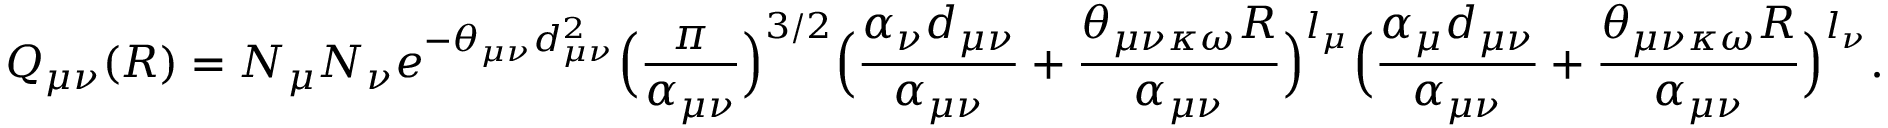
Q _ { \mu \nu } ( R ) = N _ { \mu } N _ { \nu } e ^ { - \theta _ { \mu \nu } d _ { \mu \nu } ^ { 2 } } \Big ( \frac { \pi } { \alpha _ { \mu \nu } } \Big ) ^ { 3 / 2 } \Big ( \frac { \alpha _ { \nu } d _ { \mu \nu } } { \alpha _ { \mu \nu } } + { \frac { \theta _ { \mu \nu \kappa \omega } R } { \alpha _ { \mu \nu } } } \Big ) ^ { l _ { \mu } } \Big ( \frac { \alpha _ { \mu } d _ { \mu \nu } } { \alpha _ { \mu \nu } } + { \frac { \theta _ { \mu \nu \kappa \omega } R } { \alpha _ { \mu \nu } } } \Big ) ^ { l _ { \nu } } .